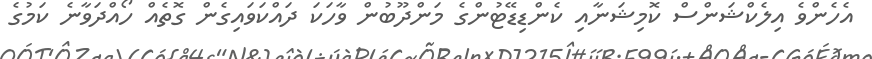
އެހެންވެ އިލެކްޝަންސް ކޮމިޝަނާއި ކެންޑިޑޭޓުންގެ މަންދޫބުން ވާހަކަ ދައްކަވައިގެން ގޮތެއް ހޯއްދަވާނެ ކަމުގެ